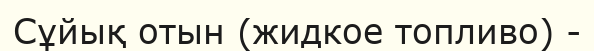
Сұйық отын (жидкое топливо) -